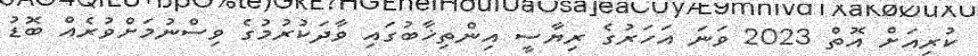
ކުރިއަށް އޮތް 2023 ވަނަ އަހަރުގެ ރިޔާސީ އިންތިޚާބުގައި ވާދަކުރުމުގެ ވިސްނުމަށްވުރެއް ބޮޑު